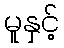
မူနှင့်